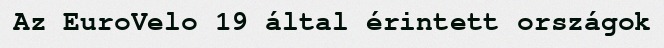
Az EuroVelo 19 által érintett országok